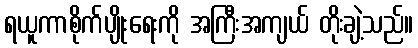
ရယူကာစိုက်ပျိုးရေးကို အကြီးအကျယ် တိုးချဲ့သည်။